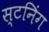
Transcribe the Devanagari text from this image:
स्टनिंग